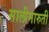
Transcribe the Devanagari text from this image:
सालीमारुती